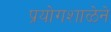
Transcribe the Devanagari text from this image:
प्रयोगशाळेने